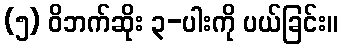
(၅) ဝိဘက်ဆိုး ၃-ပါးကို ပယ်ခြင်း။